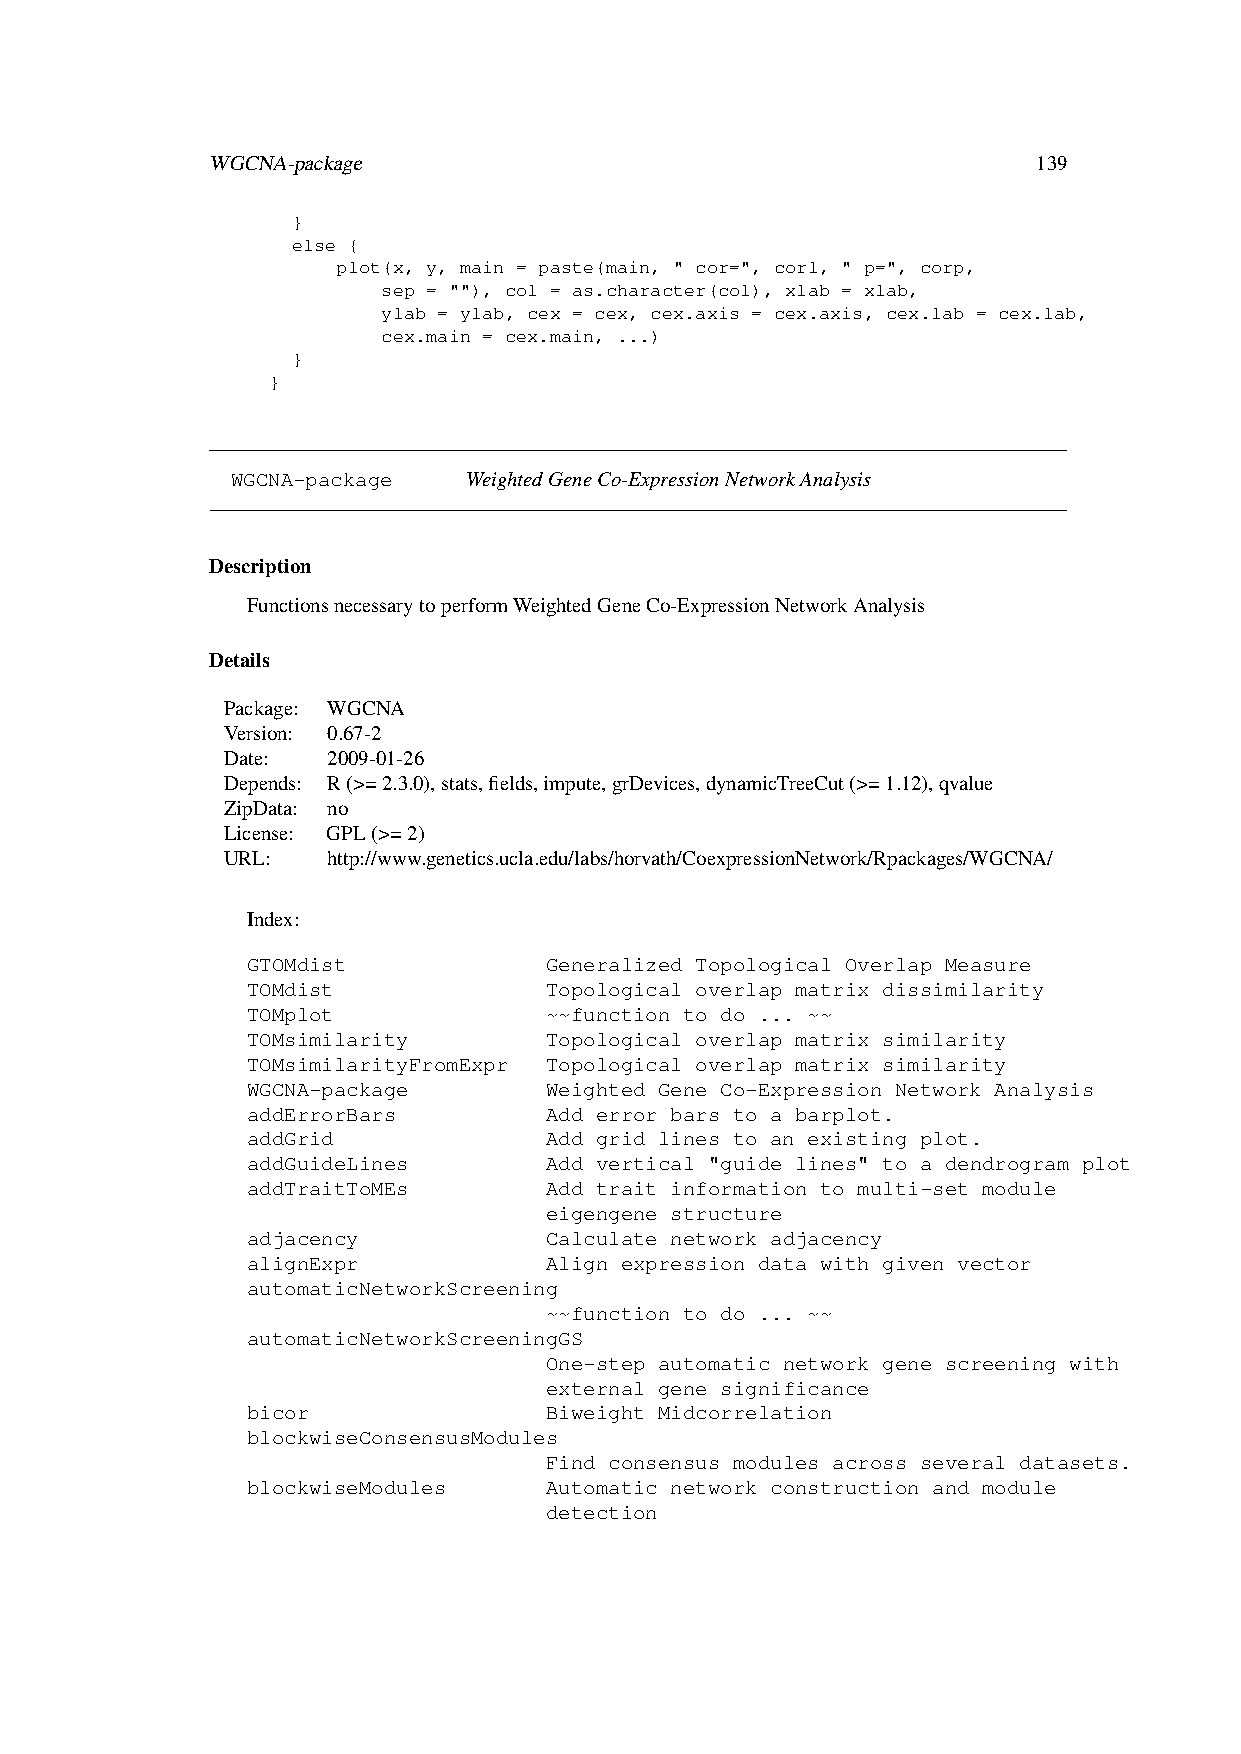
WGCNA-package                                          139
 }
 else {
 plot(x, y, main = paste(main, " cor=", cor1, " p=", corp,
 sep = ""), col = as.character(col), xlab = xlab,
 ylab = ylab, cex = cex, cex.axis = cex.axis, cex.lab = cex.lab,
 cex.main = cex.main, ...)
 }
 }
 WGCNA-package   WeightedGeneCo-ExpressionNetworkAnalysis
 Description
 FunctionsnecessarytoperformWeightedGeneCo-ExpressionNetworkAnalysis
 Details
 Package: WGCNA
 Version: 0.67-2
 Date:  2009-01-26
 Depends: R(>=2.3.0),stats,fields,impute,grDevices,dynamicTreeCut(>=1.12),qvalue
 ZipData: no
 License: GPL(>=2)
 URL:   http://www.genetics.ucla.edu/labs/horvath/CoexpressionNetwork/Rpackages/WGCNA/
 Index:
 GTOMdist            Generalized Topological Overlap Measure
 TOMdist             Topological overlap matrix dissimilarity
 TOMplot             ~~function to do ... ~~
 TOMsimilarity       Topological overlap matrix similarity
 TOMsimilarityFromExpr Topological overlap matrix similarity
 WGCNA-package       Weighted Gene Co-Expression Network Analysis
 addErrorBars        Add error bars to a barplot.
 addGrid             Add grid lines to an existing plot.
 addGuideLines       Add vertical "guide lines" to a dendrogram plot
 addTraitToMEs       Add trait information to multi-set module
 eigengene structure
 adjacency           Calculate network adjacency
 alignExpr           Align expression data with given vector
 automaticNetworkScreening
 ~~function to do ... ~~
 automaticNetworkScreeningGS
 One-step automatic network gene screening with
 external gene significance
 bicor               Biweight Midcorrelation
 blockwiseConsensusModules
 Find consensus modules across several datasets.
 blockwiseModules    Automatic network construction and module
 detection